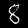
Digit: 8